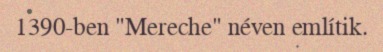
1390-ben "Mereche" néven említik.